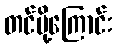
တင်ပို့ကြောင်း